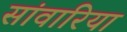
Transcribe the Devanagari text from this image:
सांवारिया